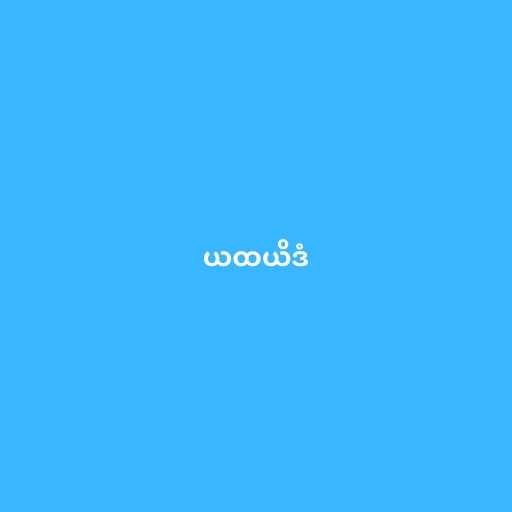
ယထယိဒံ